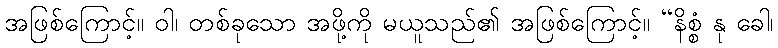
အဖြစ်ကြောင့်။ ဝါ၊ တစ်ခုသော အဖို့ကို မယူသည်၏ အဖြစ်ကြောင့်။ “နိစ္စံ နု ခေါ၊